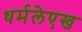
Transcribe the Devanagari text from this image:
धर्मलेएख